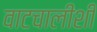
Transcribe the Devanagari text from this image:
वाटचालीशी